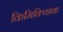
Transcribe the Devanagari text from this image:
किमिक्च्छिक